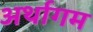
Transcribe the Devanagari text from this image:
अर्थागम